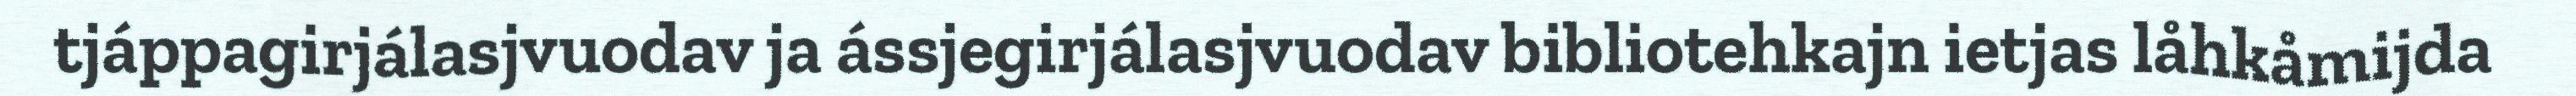
tjáppagirjálasjvuodav ja ássjegirjálasjvuodav bibliotehkajn ietjas låhkåmijda